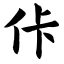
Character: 佧